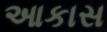
આકાસ